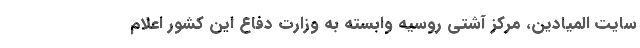
سایت المیادین، مرکز آشتی روسیه وابسته به وزارت دفاع این کشور اعلام